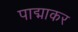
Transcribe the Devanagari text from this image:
पाद्माकर